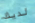
لديك